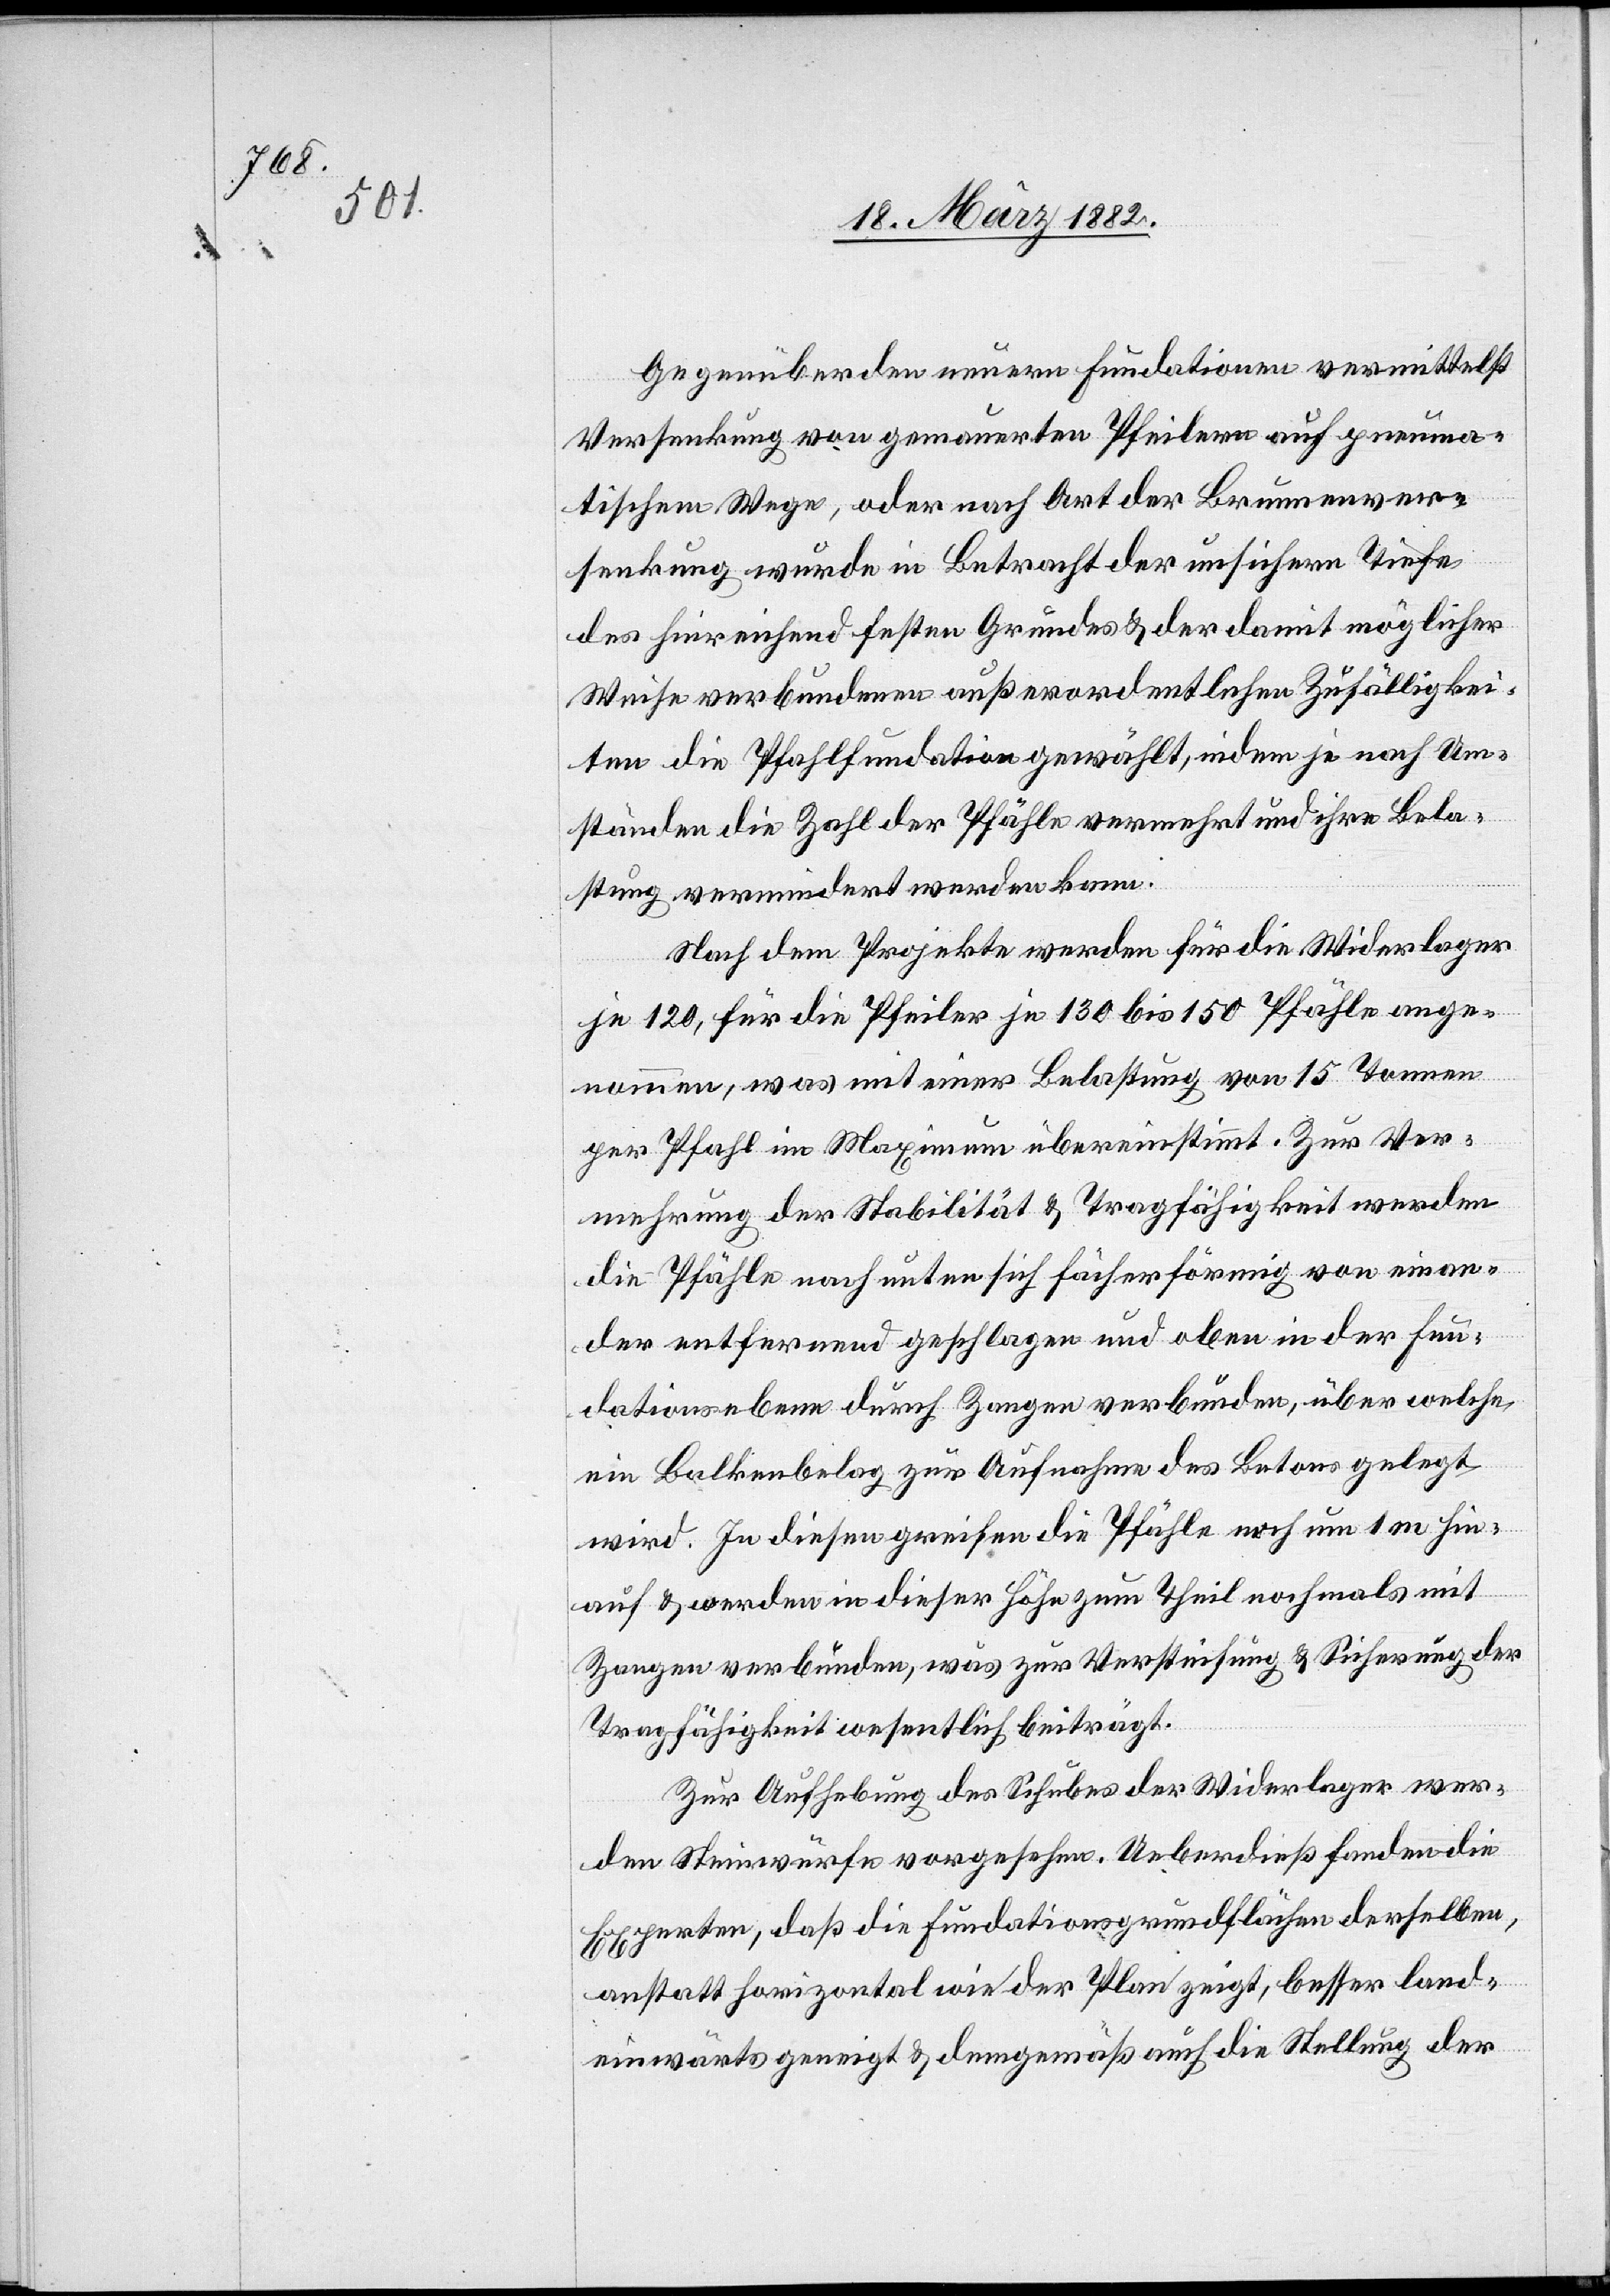
Gegenüber den neuern Fundationen vermittelst
Versenkung von gemauerten Pfeilern auf pneuma¬
tischem Wege, oder nach Art der Brunnenver¬
senkung wurde in Betracht der unsichern Tiefe
des hinreichend festen Grundes & der damit möglicher
Weise verbundenen außerordentlichen Zufälligkei¬
ten die Pfahlfundation gewählt, indem je nach Um¬
ständen die Zahl der Pfähle vermehrt und ihre Bela¬
stung vermindert werden kann.
Nach dem Projekte werden für die Widerlager
je 120, für die Pfeiler je 130 bis 150 Pfähle ange¬
nommen, was mit einer Belastung von 15 Tonnen
per Pfahl im Maximum übereinstimmt. Zur Ver¬
mehrung der Stabilität & Tragfähigkeit werden
die Pfähle nach unten sich fächerförmig von einan¬
der entfernend geschlagen und oben in der Fun¬
dationsebene durch Zangen verbunden, über welche
ein Balkenbelag zur Aufnahme des Betons gelegt
wird. In diesen greifen die Pfähle noch um 1 m hin¬
auf & werden in dieser Höhe zum Theil nochmals mit
Zangen verbunden, was zur Versteifung & Sicherung der
Tragfähigkeit wesentlich beiträgt.
Zur Aufhebung des Schubes der Widerlager wer¬
den Steinwürfe vorgesehen. Ueberdieß fanden die
Experten, daß die Fundationsgrundfläche derselben
anstatt horizontal wie der Plan zeigt, besser land¬
einwärts geneigt & demgemäß auch die Stellung der